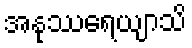
အနုဿရေယျာသိ